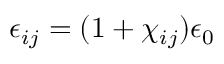
\epsilon _ { i j } = ( 1 + \chi _ { i j } ) \epsilon _ { 0 }